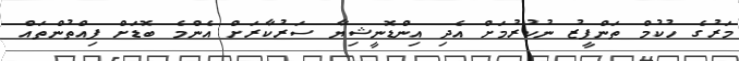
މަރުގެ ހުކުމް ތަންފީޒު ނުކުރުމަށް އެދި އިންޑޮނީޝިޔާ ސަރުކާރަށް އެންމެ ބޮޑަށް ފިއްތުންތައް